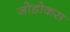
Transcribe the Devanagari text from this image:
जोडोकस